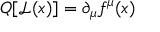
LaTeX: Q [ { \mathcal { L } } ( x ) ] = \partial _ { \mu } f ^ { \mu } ( x )